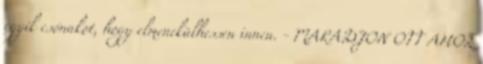
egyik csónakot, hogy elmenekülhessen innen. - MARADJON OTT AHOL